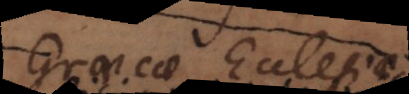
Graecae Ecclesiae